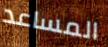
المساعد